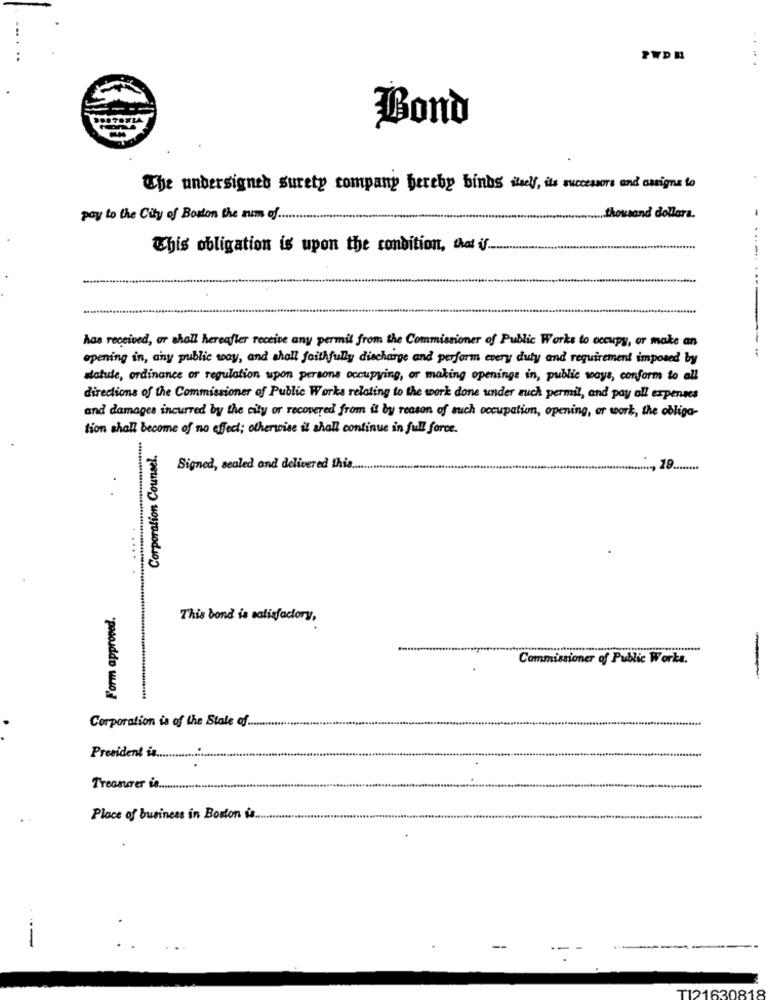
PWD N
Bond
The undersigned surety company hereby binds itself, its successors and assigns to
pay to the City of Boston the zum of ......
thousand dollars.
This obligation is upon the condition, that if ..
-*-
has received, or shall hereafler receive any permil from the Commissioner of Public Works to occupy, or make an
opening in, any public way, and shall faithfully discharge and perform every duty and requirement imposed by
datule, ordinance or regulation upon persons occupying, or making openings in, public ways, conform to all
directions of the Commissioner of Public Works relating to the work done under such permil, and pay oll expenses
and damages incurred by the city or recovered from il by reason of such occupation, opening, or work, the obliga-
tion shall become of no effect; otherwise il shall continue in full force.
Corporation Counsel.
Signed, sealed and delivered this.
19
Form approved.
This bond is satisfactory,
Commissioner of Public Works.
Corporation is of the State of.
President is ....
Treasurer ie .....
Place of business in Boston is ..
T121630